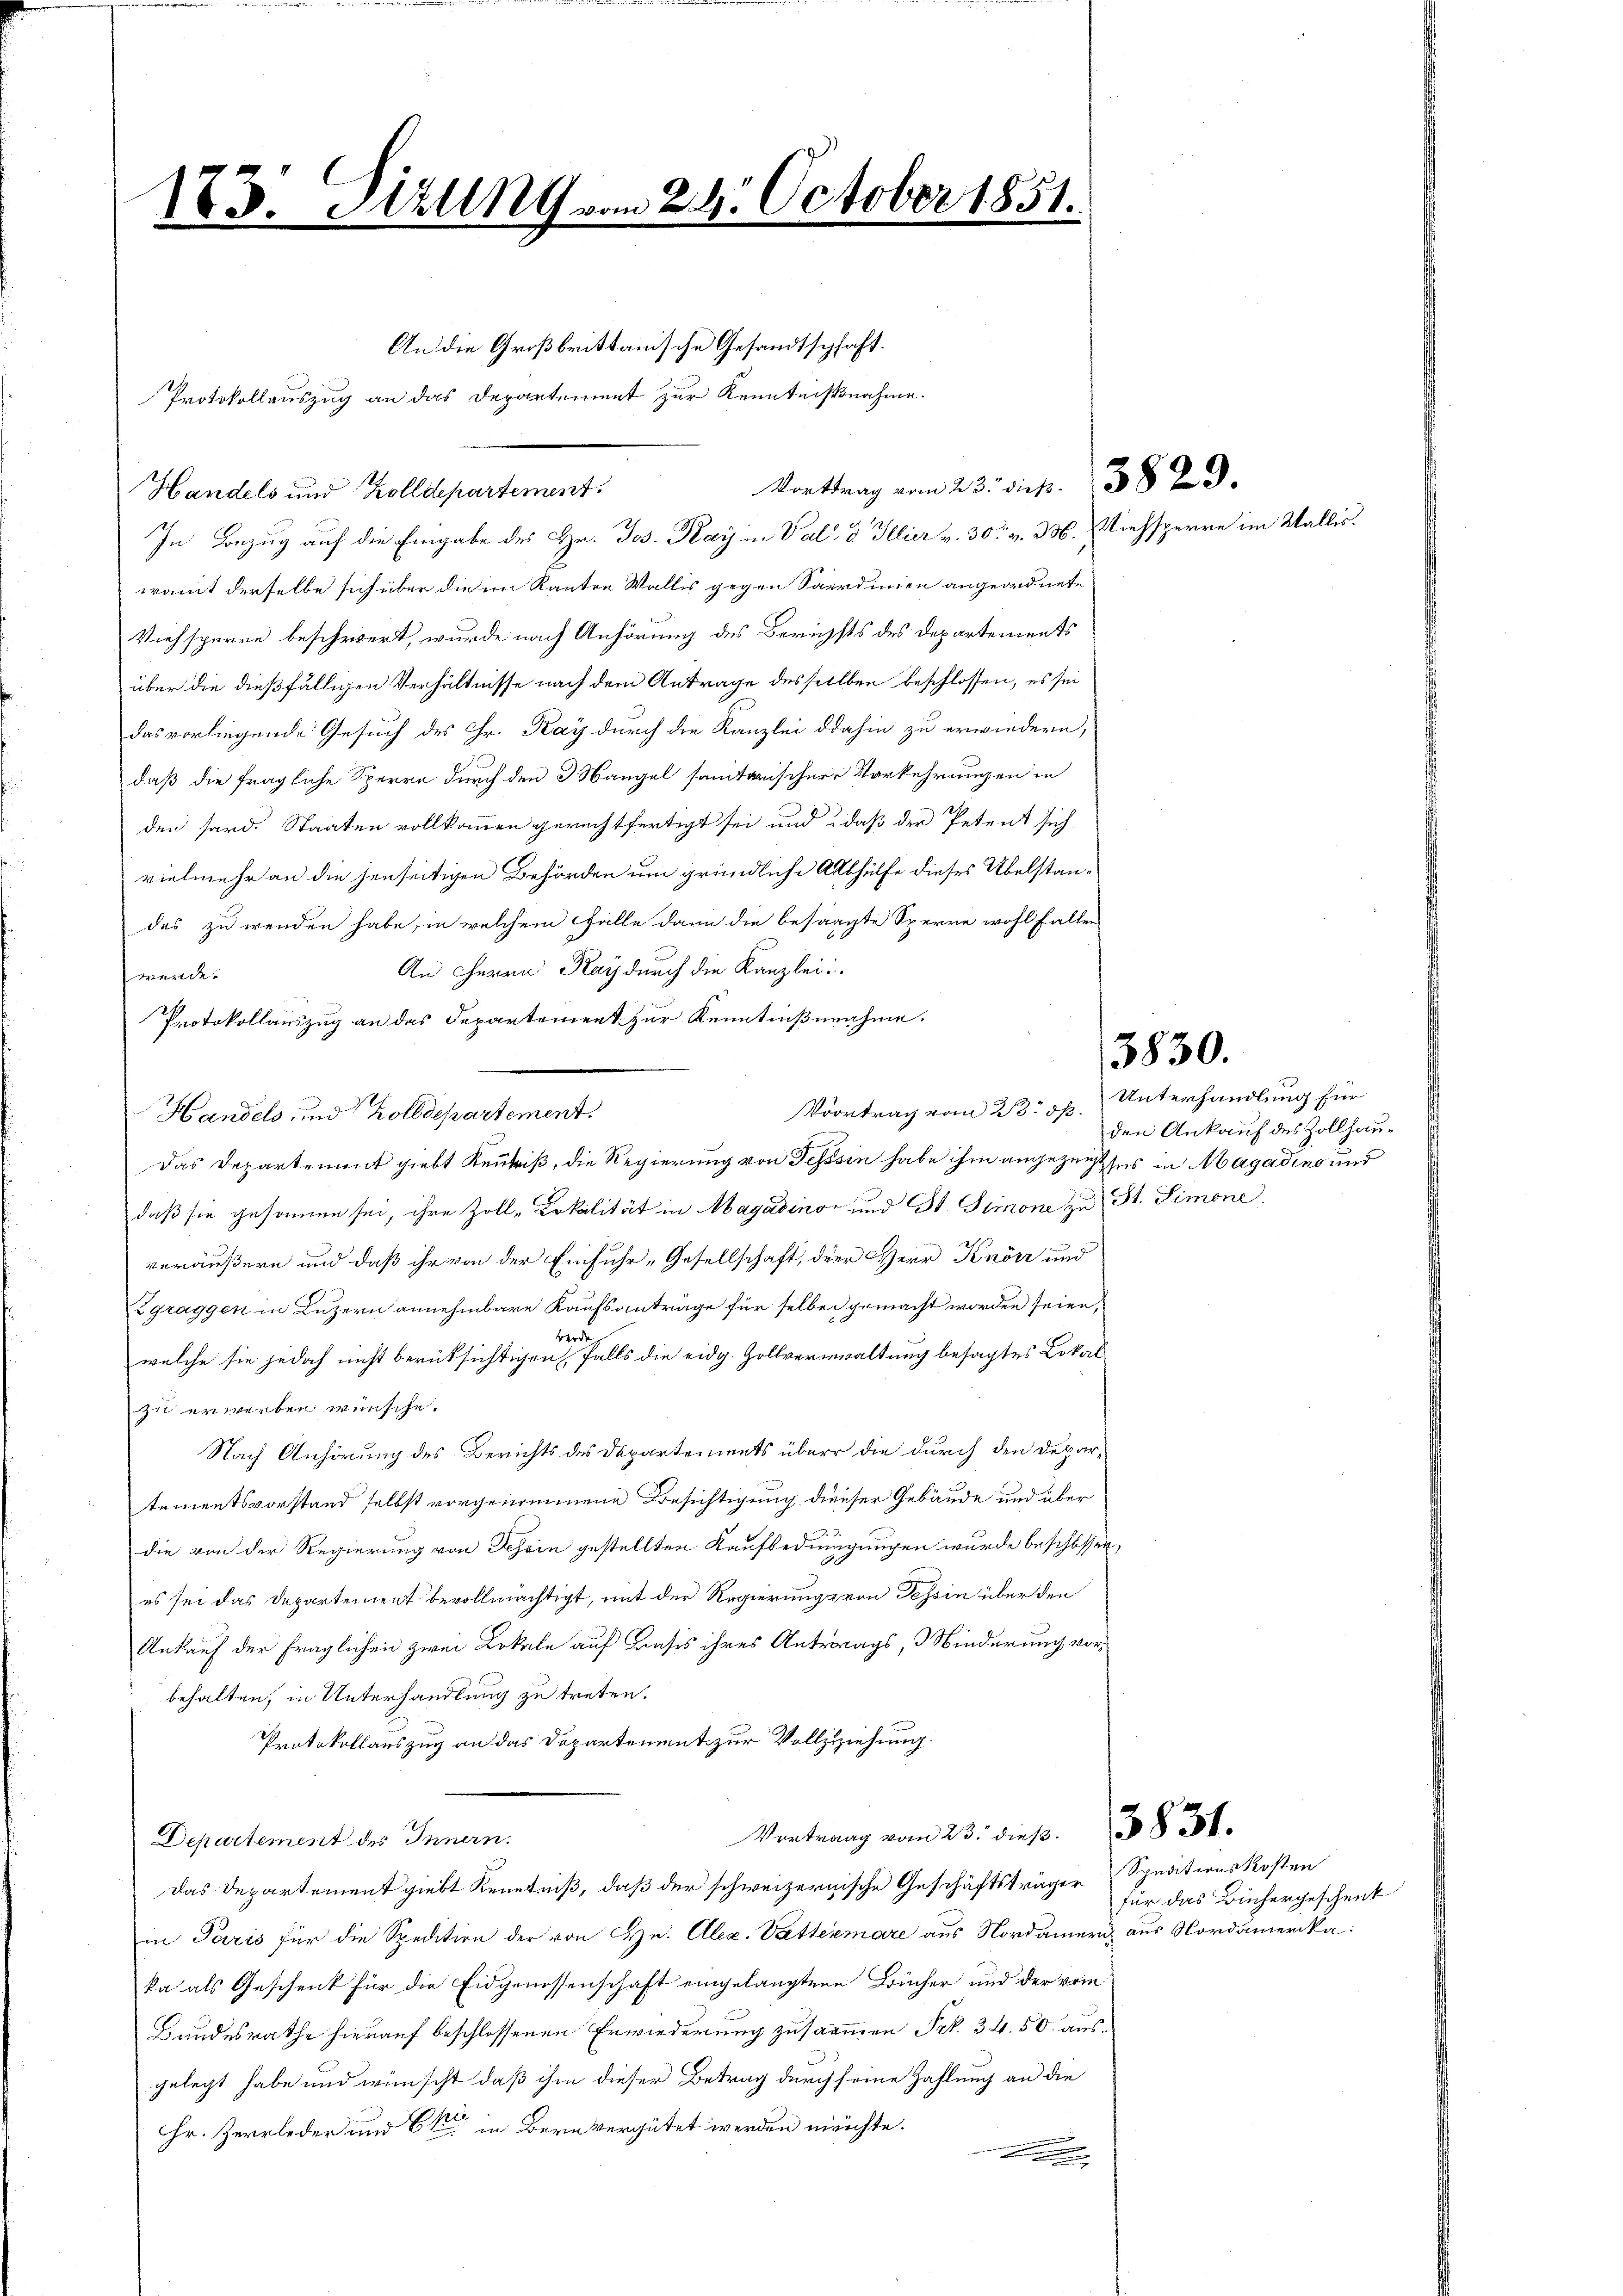
183. Fizung vom 24. October 1851.

Protokollauszug an das Departement zur Kenntnißnahme.

In Bezug auf die Eingabe des Hr. Jos. Kay in Val d Illier v. 30. v. 336. Viehsperre im Wallis.

Handels und Zolldepartement
womit derselbe sich über die im Kanton Wallis gegen Sardinien angeordnet,
Viehsperre beschwert, wurde nach Anhörung des Berichts des Departements
über die dießfälligen Verhältnisse nach dem Antrage desselben beschlossen, es sei
das vorliegende Gesuch des Fr. Kay durch die Kanzlei dahin zu erwiedern,
daß die fragliche Sperre durch den Mangel sanitarischer Vorkehrungen in
den hard. Staaten vollkommen gerechtfertigt sei und daß der Petent sich
vielmehr an die jenseitigen Behörden um gründliche Abhülfe dieses Übelstandas zu wenden habe, in welchem Falle dann die besagte Sperre wohl fallen
An Herrn Kays durch die Kanzlei:
werde.
Protokollauszug an das Departement zur Kenntnißnahme.
Handels und Zolldepartement.
Das Departement giebt Kenntniß, die Regierung von Tessin habe ihm angezeigt ses in Magadino und
daß sie gesonnen sei, ihre Zoll-Lokalität in Magadino und St. Simone zu St. Simone.
veräußern und daß ihr von der Einfuhr „Gesellschaft, der Herr Knöri und
Zgraggen in Luzern annehmbare Kaufsanträge für selben gemacht worden seien,
wende
welche sie jedoch nicht berüksichtigen, falls die eidg. Zollverwaltung besagtes Lokal
zu erwerben wünsche.
Nach Anhörung des Berichts des Departements über die durch den Departementsvorstand selbst vorgenommene Besichtigung dieser Gebäude und über
die von der Regierung von Tessin gestellten Kaufbedingungen wurde beschossen,
es sei das Departement bevollmächtigt, mit der Regierungs von Tessin über den
Ankauf der fraglichen zwei Lokale auf dass ihres Antrags, inderung vorbehalten, in Unterhandlung zu treten.
Protokollauszug an das Dopartement zur Vollziehung.
Vortrag vom 23. dieβ. 83
Departement des Innern.
das Departement giebt Kenntniß, daß der schweizernische Geschäftsträger Sprationskosten
in Paris für die Spedition der von Hn. Alex. Vattermare aus Nordamer aus Nordamerika
ka als Geschenk für die Eidgenossenschaft eingelangten Bücher und der vom
Bundesrathe hierauf beschlossenen Erwiederung zusammen Frk. 34. 50. ausgelegt habe und wünscht, daß ihm dieser Betrag durch seine Zahlung an die
Hr. Zeerleder und CV in Bern vergütet werden möchte.
E

An die Großbrittanische Gesandtschaft.

Voortrag vom 23. ds. Unterhandlung für

Vorttrag vom 23. die fr. 3829.

3830.

den Ankauf des Zollhau¬

für das Büchergeschenk